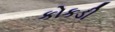
કોકડી